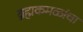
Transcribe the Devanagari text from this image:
ब्रह्मकमळांचा